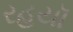
રહયૉ